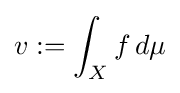
v:=\int _{X}f\,d\mu